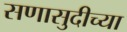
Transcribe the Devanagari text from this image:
सणासुदीच्या